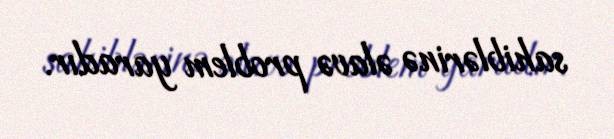
sahiblərinə əlavə problem yaradır.